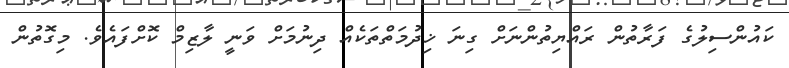
ކައުންސިލުގެ ފަރާތުން ރައްޔިތުންނަށް ގިނަ ޚިދުމަތްތަކެއް ދިނުމަށް ވަނީ ލާޒިމް ކޮށްފައެވެ. މިގޮތުން